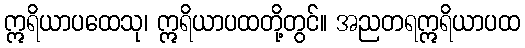
ဣရိယာပထေသု၊ ဣရိယာပထတို့တွင်။ အညတရဣရိယာပထ